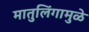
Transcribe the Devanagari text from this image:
मातुलिंगामुळे